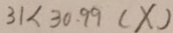
3 1 < 3 0 . 9 9 ( X )